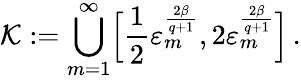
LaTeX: \mathcal{K}:=\bigcup_{m=1}^{\infty}\Bigl[\frac 12\varepsilon_{m}^{\frac{2\beta}{q+1}},2\varepsilon_{m}^{\frac{2\beta}{q+1}}\Bigr]\, .